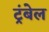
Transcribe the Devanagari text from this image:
ट्रंबेल